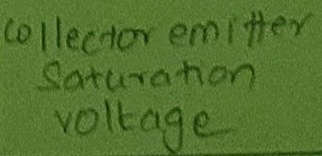
Text: Collector emitter Saturation Voltage